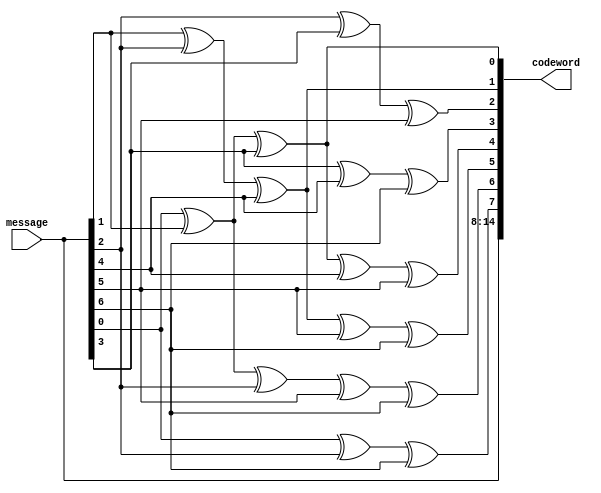
module bch_encoder(message, codeword);
  input [6:0] message;
  output [14:0] codeword;

  assign codeword[0] = message[0] ^ message[1] ^ message[3];
  assign codeword[1] = message[1] ^ message[2] ^ message[4];
  assign codeword[2] = message[2] ^ message[3] ^ message[5];
  assign codeword[3] = message[3] ^ message[4] ^ message[6];
  assign codeword[4] = message[0] ^ message[1] ^ message[3] ^ message[4] ^ message[5];
  assign codeword[5] = message[1] ^ message[2] ^ message[4] ^ message[5] ^ message[6];
  assign codeword[6] = message[0] ^ message[1] ^ message[2] ^ message[5] ^ message[6];
  assign codeword[7] = message[0] ^ message[2] ^ message[6];
  assign codeword[8] = message[0];
  assign codeword[9] = message[1];
  assign codeword[10] = message[2];
  assign codeword[11] = message[3];
  assign codeword[12] = message[4];
  assign codeword[13] = message[5];
  assign codeword[14] = message[6];
endmodule